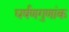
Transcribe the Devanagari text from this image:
घर्षणगुणांक